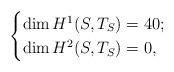
LaTeX: \begin{align*}\begin{cases}\dim H^1(S, T_S)= 40;\\\dim H^2(S, T_S)= 0,\end{cases}\end{align*}